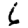
Digit: 6